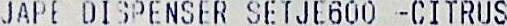
JAPE DISPENSER SETJE600 -CITRUS